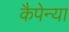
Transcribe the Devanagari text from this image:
कैपेन्या